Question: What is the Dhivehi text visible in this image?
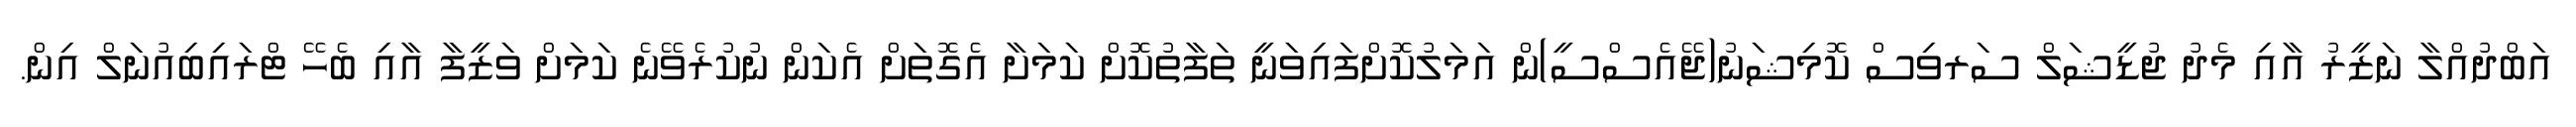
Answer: އަބްދުއްލާ ނަޒީރު އާއި މެދު ޖުޑީޝަލް ސަރވިސް ކޮމިޝަނު(ޖޭއެސްސީ)ން އަމަލުކޮށްފައިވަނީ ތަފާތުކޮށް ކަމަށާ އެގޮތަށް އެކަން ނުކުރެވޭނެ ކަމަށް ވަޒީފާ އާއި ބެހޭ ޓްރައިބިއުނަލް އިން.